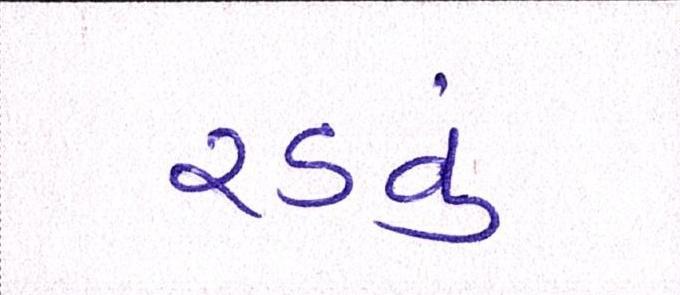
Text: રડવું